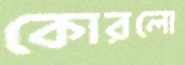
কোরলো